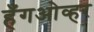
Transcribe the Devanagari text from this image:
हँगओव्हर